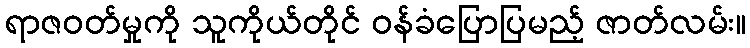
ရာဇဝတ်မှုကို သူကိုယ်တိုင် ဝန်ခံပြောပြမည့် ဇာတ်လမ်း။